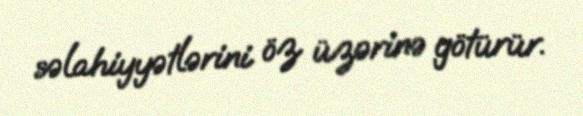
səlahiyyətlərini öz üzərinə götürür.